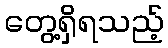
တွေ့ရှိရသည့်